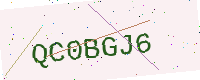
Text: QC0BGJ6